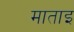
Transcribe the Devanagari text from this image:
माताइ